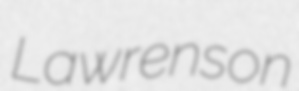
Lawrenson